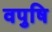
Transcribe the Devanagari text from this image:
वपुषि